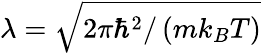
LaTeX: \lambda=\sqrt{2\pi\hbar^{2}/\left(mk_{B}T\right)}